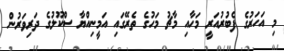
މި އަހަރުގެ ފެބުރުއަރީ މަހާއި މާޗު މަހުގެ ތެރޭގައި އަމީނިއްޔާ ސްކޫލުގެ ދަރިވަރުން